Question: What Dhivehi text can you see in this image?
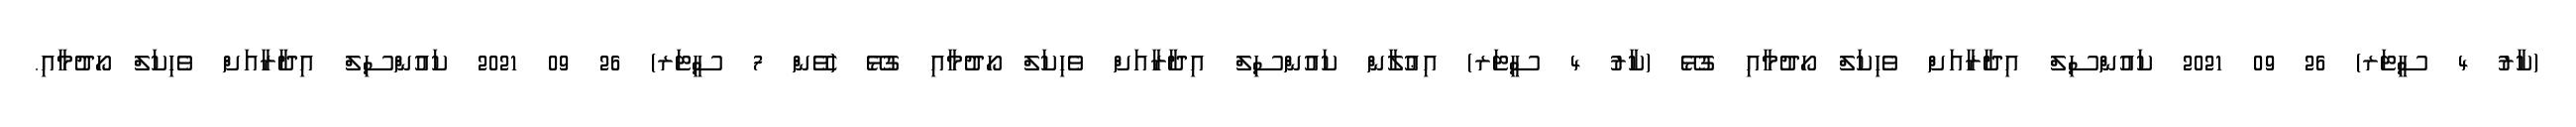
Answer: (ކާރު 4 ސީޓަރ) 26 09 2021 ކައުންސިލް އިދާރާއަށް ވެހިކަލް ހޯދުމާއި ގުޅޭ (ކާރު 4 ސީޓަރ) އިޢުލާން ކައުންސިލް އިދާރާއަށް ވެހިކަލް ހޯދުމާއި ގުޅޭ (ވޭން 7 ސީޓަރ) 26 09 2021 ކައުންސިލް އިދާރާއަށް ވެހިކަލް ހޯދުމާއި.